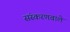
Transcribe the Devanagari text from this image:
संस्करणवाले